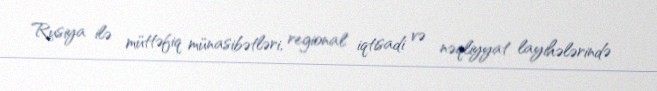
Rusiya ilə müttəfiq münasibətləri, regional iqtisadi və nəqliyyat layihələrində